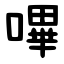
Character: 嗶